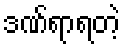
ဒဏ်ရာရတဲ့